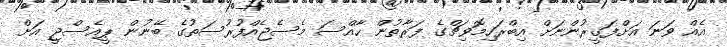
އެއް ވަނަ އަށްފަގީރުންނަށް އިބްރަހިމޮވިޗްގެ ފަރާތުން ހާއްސަ މެސެޖެއްފުރުސަތުގެ ބޭނުން ޕީއެސްޖީ އަށް